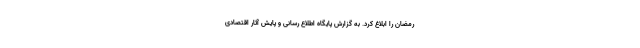
رمضان را ابلاغ کرد. به گزارش پایگاه اطلاع رسانی و پایش آثار اقتصادی